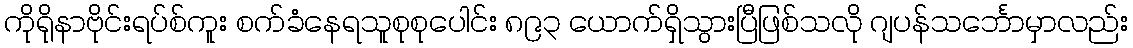
ကိုရိုနာဗိုင်းရပ်စ်ကူး စက်ခံနေရသူစုစုပေါင်း ၈၉၃ ယောက်ရှိသွားပြီဖြစ်သလို ဂျပန်သင်္ဘောမှာလည်း